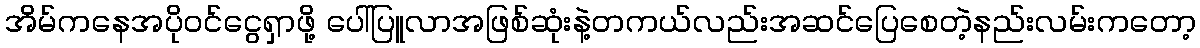
အိမ်ကနေအပိုဝင်ငွေရှာဖို့ ပေါ်ပြူလာအဖြစ်ဆုံးနဲ့တကယ်လည်းအဆင်ပြေစေတဲ့နည်းလမ်းကတော့